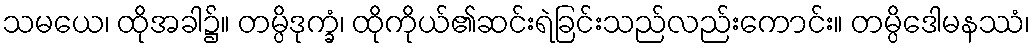
သမယေ၊ ထိုအခါ၌။ တမ္ပိဒုက္ခံ၊ ထိုကိုယ်၏ဆင်းရဲခြင်းသည်လည်းကောင်း။ တမ္ပိဒေါမနဿံ၊